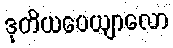
ဒုတိယပေယျာလော